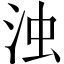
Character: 浊